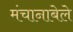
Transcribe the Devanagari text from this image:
मंचानाबेले